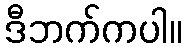
ဒီဘက်ကပါ။